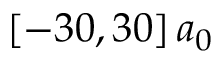
[ - 3 0 , 3 0 ] \, a _ { 0 }